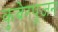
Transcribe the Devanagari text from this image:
कुबेरपूजन